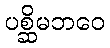
ပစ္ဆိမဘဝေ